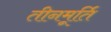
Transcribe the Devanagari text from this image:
तीनमूर्ति